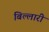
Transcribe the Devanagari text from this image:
बिल्लारी